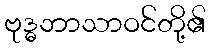
ဗုဒ္ဓဘာသာဝင်တို့၏